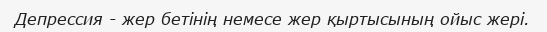
Депрессия - жер бетінің немесе жер қыртысының ойыс жері.